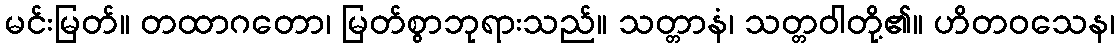
မင်းမြတ်။ တထာဂတော၊ မြတ်စွာဘုရားသည်။ သတ္တာနံ၊ သတ္တဝါတို့၏။ ဟိတဝသေန၊